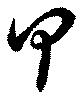
甲